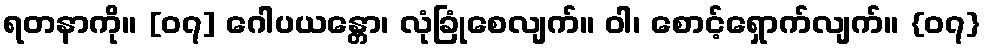
ရတနာကို။ [၀၇] ဂေါပယန္တော၊ လုံခြုံစေလျက်။ ဝါ၊ စောင့်ရှောက်လျက်။ {၀၇}